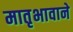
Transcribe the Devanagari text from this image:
मातृभावाने